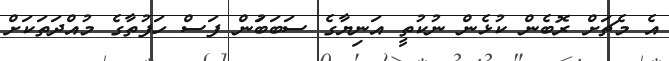
އެ މެޗަށް ރޮބެން ކުޅެން ނުކުތީ އަނިޔާގެ ސަބަބަުން ފަސް ހަފުތާގެ މުއްދަތަކަށް